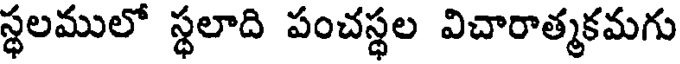
స్థలములో స్థలాది పంచస్థల విచారాత్మకమగు